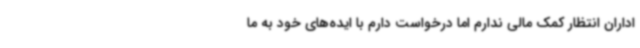
اداران انتظار کمک مالی ندارم اما درخواست دارم با ایده‌های خود به ما